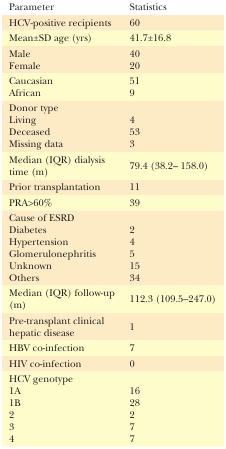
<table><thead><tr><td><b>Parameter</b></td><td><b>Statistics</b></td></tr></thead><tbody><tr><td>HCV-positive recipients</td><td>60</td></tr><tr><td>Mean±SD age (yrs)</td><td>41.7±16.8</td></tr><tr><td>MaleFemale</td><td>4020</td></tr><tr><td>CaucasianAfrican</td><td>519</td></tr><tr><td>Donor type</td><td></td></tr><tr><td>LivingDeceasedMissing data</td><td>4533</td></tr><tr><td>Median (IQR) dialysis time (m)</td><td>79.4 (38.2– 158.0)</td></tr><tr><td>Prior transplantation</td><td>11</td></tr><tr><td>PRA&gt;60%</td><td>39</td></tr><tr><td>Cause of ESRD</td><td></td></tr><tr><td>DiabetesHypertensionGlomerulonephritisUnknownOthers</td><td>2451534</td></tr><tr><td>Median (IQR) follow-up (m)</td><td>112.3 (109.5–247.0)</td></tr><tr><td>Pre-transplant clinical hepatic disease</td><td>1</td></tr><tr><td>HBV co-infection</td><td>7</td></tr><tr><td>HIV co-infection</td><td>0</td></tr><tr><td>HCV genotype1A1B234</td><td>1628277</td></tr></tbody></table>